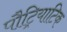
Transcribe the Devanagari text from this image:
पौट्रियाटिक